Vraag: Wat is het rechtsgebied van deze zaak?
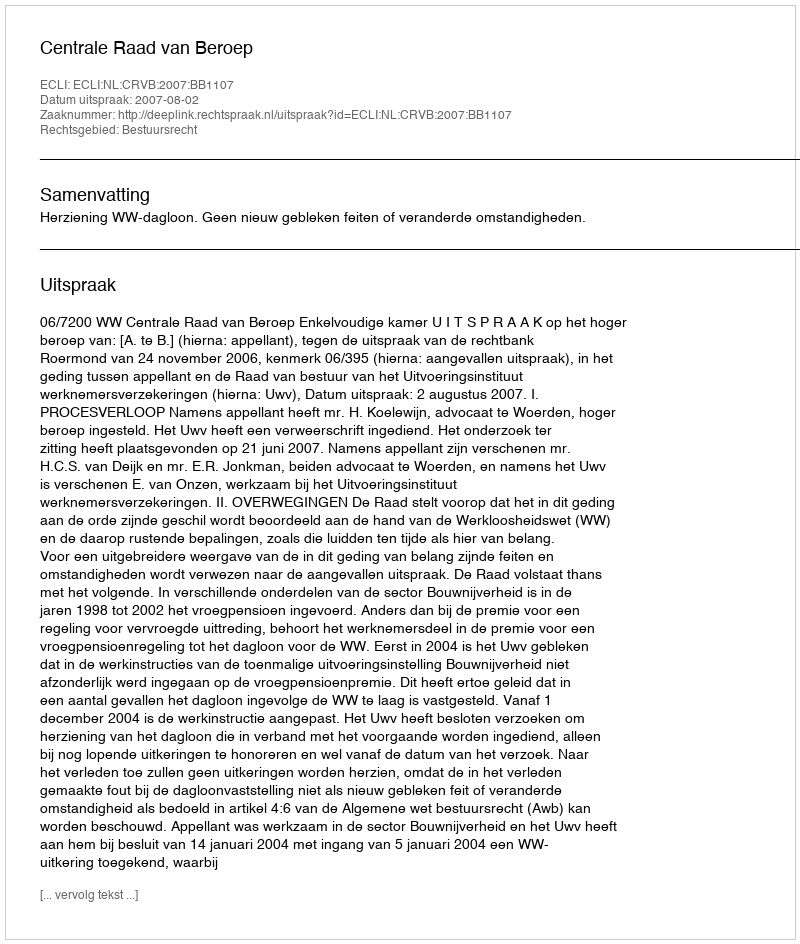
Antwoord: Bestuursrecht